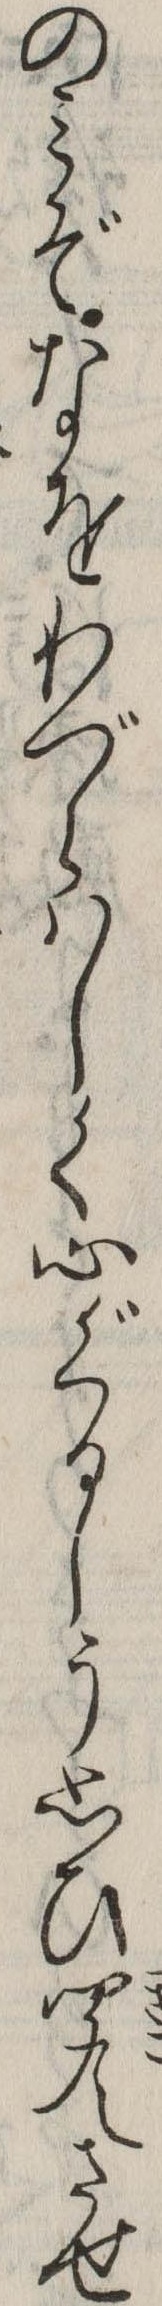
のみぞなをわづらはしく心ぐるしう思ひ聞えさせ